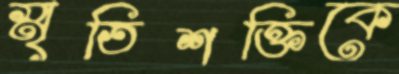
স্মৃতিশক্তিকে